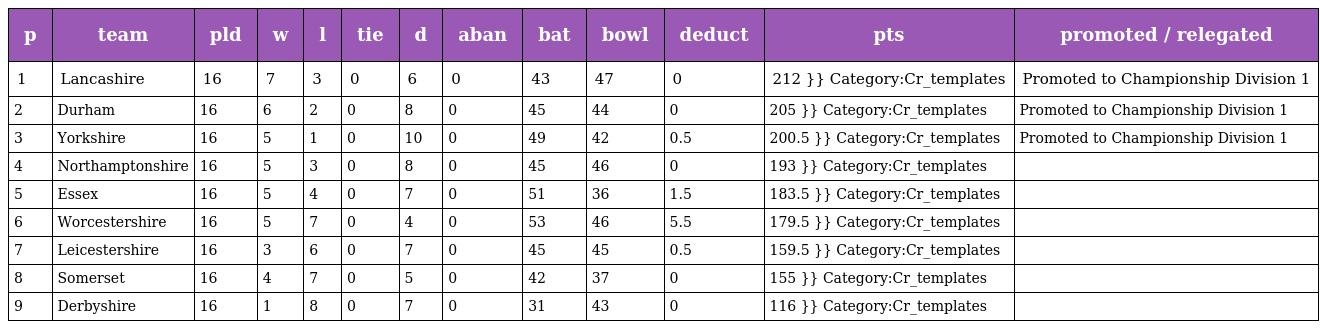
| p | team | pld | w | l | tie | d | aban | bat | bowl | deduct | pts | promoted / relegated |
 | --- | --- | --- | --- | --- | --- | --- | --- | --- | --- | --- | --- | --- |
 | 1 | Lancashire | 16 | 7 | 3 | 0 | 6 | 0 | 43 | 47 | 0 | 212 }} Category:Cr_templates | Promoted to Championship Division 1 |
 | 2 | Durham | 16 | 6 | 2 | 0 | 8 | 0 | 45 | 44 | 0 | 205 }} Category:Cr_templates | Promoted to Championship Division 1 |
 | 3 | Yorkshire | 16 | 5 | 1 | 0 | 10 | 0 | 49 | 42 | 0.5 | 200.5 }} Category:Cr_templates | Promoted to Championship Division 1 |
 | 4 | Northamptonshire | 16 | 5 | 3 | 0 | 8 | 0 | 45 | 46 | 0 | 193 }} Category:Cr_templates |  |
 | 5 | Essex | 16 | 5 | 4 | 0 | 7 | 0 | 51 | 36 | 1.5 | 183.5 }} Category:Cr_templates |  |
 | 6 | Worcestershire | 16 | 5 | 7 | 0 | 4 | 0 | 53 | 46 | 5.5 | 179.5 }} Category:Cr_templates |  |
 | 7 | Leicestershire | 16 | 3 | 6 | 0 | 7 | 0 | 45 | 45 | 0.5 | 159.5 }} Category:Cr_templates |  |
 | 8 | Somerset | 16 | 4 | 7 | 0 | 5 | 0 | 42 | 37 | 0 | 155 }} Category:Cr_templates |  |
 | 9 | Derbyshire | 16 | 1 | 8 | 0 | 7 | 0 | 31 | 43 | 0 | 116 }} Category:Cr_templates |  |